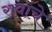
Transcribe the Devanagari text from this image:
रावांचे